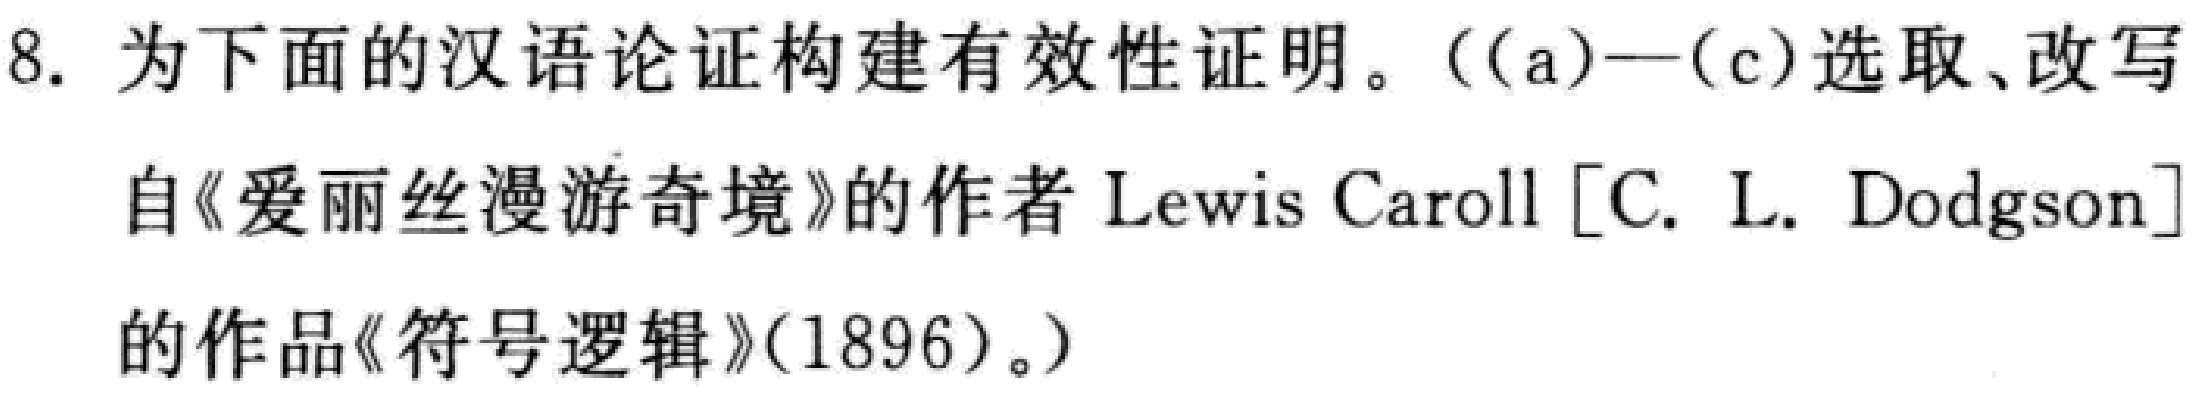
8. 为下面的汉语论证构建有效性证明。((a)—(c)选取、改写

自《爱丽丝漫游奇境》的作者 Lewis Carroll [C. L. Dodgson]

的作品《符号逻辑》(1896)。)